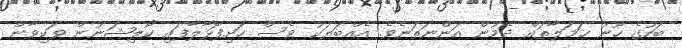
ބަހުގެ ހޫނު ހަމަލާތައް ދެމުން އަންނަތަނެވެ. އެއްބަޔަކު ވެސް ހަށިފޮޅާލާފައި ކޯލިޝަނުން ވަކިވާން